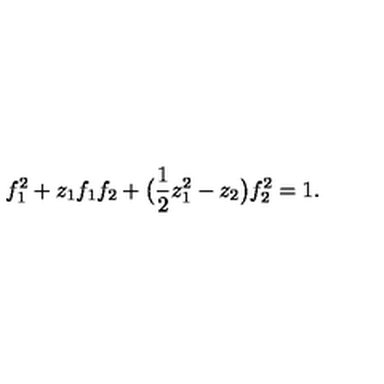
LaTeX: f _ { 1 } ^ { 2 } + z _ { 1 } f _ { 1 } f _ { 2 } + \big ( { \frac { 1 } { 2 } } z _ { 1 } ^ { 2 } - z _ { 2 } \big ) f _ { 2 } ^ { 2 } = 1 .